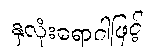
နှလုံးရောဂါဖြင့်